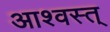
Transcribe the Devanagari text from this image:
आश्वस्त्